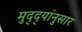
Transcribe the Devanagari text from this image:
मुद्‌द्‌यांनुसार